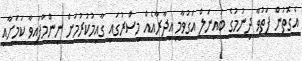
އެގޮތުން ފަތުވާ ދިނުމުގެ ބައިނަލް އަގުވާމީ އިދާރާއެއް މިސްރުގައި ގާއިމުކުރުމަށް ނިންމާފައިވާ ކަމަށާއި